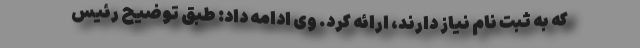
که به ثبت نام نیاز دارند، ارائه کرد. وی ادامه داد: طبق توضیح رئیس